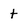
Character: t